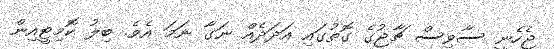
ޖެހެނީ ސާވިސް ޗާޖުގެ ގޮތުގައި އަދަދެއް ނަގާ ނަމަ އެވެ. ބިލު ކޮމިޓީއިން